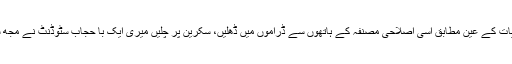
پھر وہی اسلامی کہانیاں کمرشلزم کی ضروریات کے عین مطابق اسی اصلاحی مصنفہ کے ہاتھوں سے ڈراموں میں ڈھلیں، سکرین پر چلیں میری ایک با حجاب سٹوڈنٹ نے مجھ سے عمیرہ کے ڈرامے کا ایک کلپ شئیر کیا۔